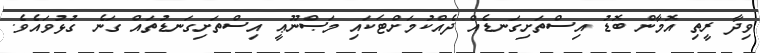
ވިދާ ރީތި އޮމާން ބޮޑު އިސްތަށިގަނޑެއް ދެއްކުމަށްޓަކައި މަޞްނޫޢީ އިސްތަށިގަނޑުތައް ގަނެ ގުޅުވައެވެ.